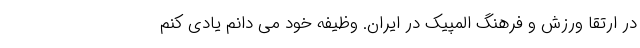
در ارتقا ورزش و فرهنگ المپیک در ایران. وظیفه خود می دانم یادی کنم